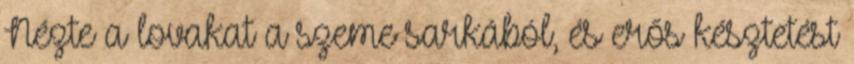
Nézte a lovakat a szeme sarkából, és erős késztetést